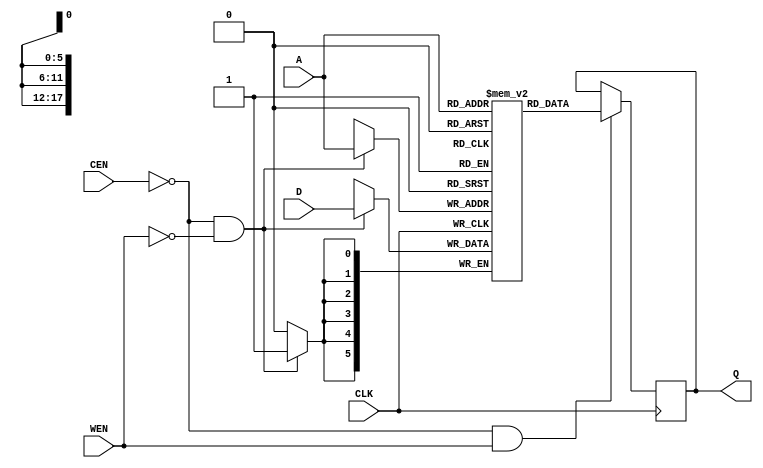
module sram146880x6 (                             
	CLK,                                       
	A,                                         
	CEN,                                       
	WEN,                                       
	D,                                         
	Q                                          
);                                             

parameter  A_WID = 18,
           D_WID = 6;


input             CLK;                               
input [A_WID-1:0] A;                                 
input [D_WID-1:0] D;                                             
input             CEN;                                     
input             WEN;                                     
                                               
output [D_WID-1:0] Q;                                
reg    [D_WID-1:0] Q;                                   
/*********************************************/
/* this part should be replaced by ASIC sram */
reg    [D_WID-1:0] mem [0:146879];                         
always @ ( posedge CLK )                       
    if(~CEN && ~WEN)                      
        mem[A] <= #1 D;            
                                               
always @ ( posedge CLK )                       
    if(~CEN && WEN)                        
	Q <= #1 mem[A];            
/*********************************************/
				                               
endmodule